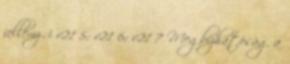
jellemzői v21 5; v21 6; v21 7 Megbízhatóság a